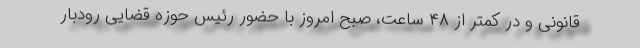
قانونی و در کمتر از ۴۸ ساعت، صبح امروز با حضور رئیس حوزه قضایی رودبار